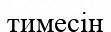
тимесін